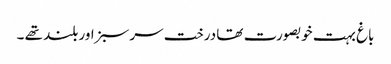
باغ بہت خوبصورت تھا درخت سرسبز اور بلند تھے ۔